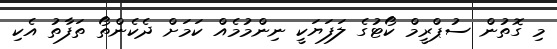
މި ގޮތުން ސުޕްރީމް ކޯޓުގެ ލަފަޔަކީ ނިންމުމެއް ކަމަށް ދެކެންތޯ ތަފާތު އެކި